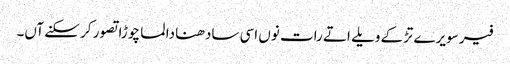
فیر سویرے تڑکے ویلے اتے رات نوں اسی سادھنا دا لما چوڑا تصور کر سکنے آں۔